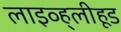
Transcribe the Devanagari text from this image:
लाइव्ह्‌लीहूड